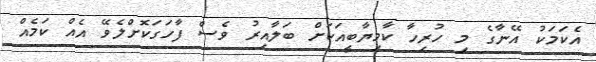
އެކަމަކު އޭނާގެ މި ހުރިހާ ކާމިޔާބީއަކަށް ބަލާއިރު ވެސް ފާހަގަކޮށްލެވޭ އެއް ކަމެއް